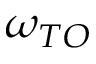
\omega _ { T O }